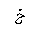
Letter: _kha